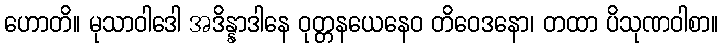
ဟောတိ။ မုသာဝါဒေါ အဒိန္နာဒါနေ ဝုတ္တနယေနေဝ တိဝေဒနော၊ တထာ ပိသုဏဝါစာ။